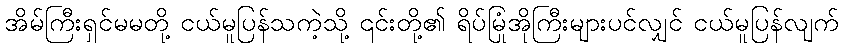
အိမ်ကြီးရှင်မမတို့ ငယ်မူပြန်သကဲ့သို့ ၎င်းတို့၏ ရိပ်မြုံအိုကြီးများပင်လျှင် ငယ်မူပြန်လျက်